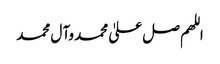
اللھم صل علیٰ محمد وآ ل محمد